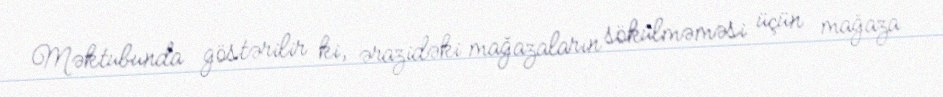
Məktubunda göstərilir ki, ərazidəki mağazaların sökülməməsi üçün mağaza